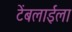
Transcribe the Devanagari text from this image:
टेंबलाईला